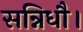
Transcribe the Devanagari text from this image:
सन्निधौ।